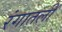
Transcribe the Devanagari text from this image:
रंगातली